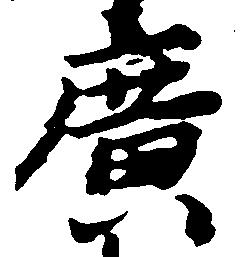
広